Indian journal of veterinary science and animal husbandry - Volume 5,
Year: 1935
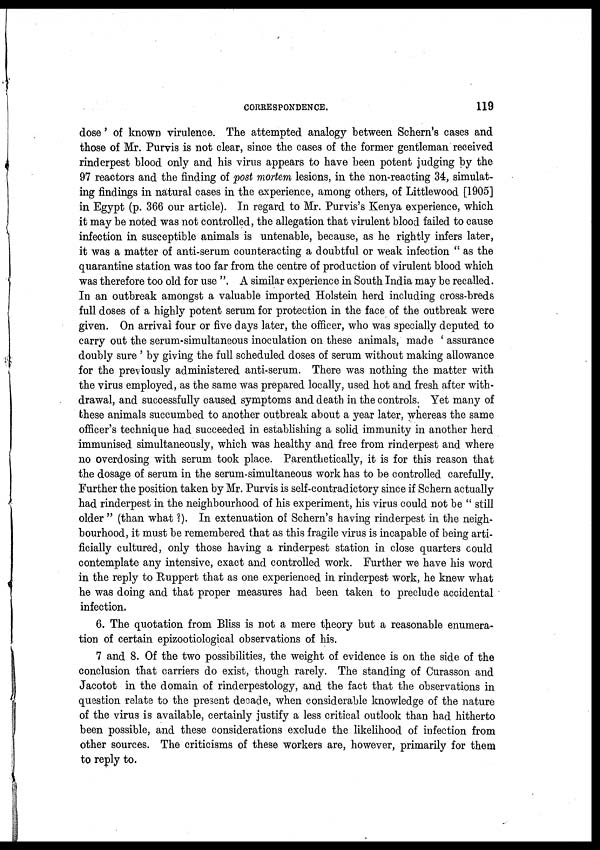
CORRESPONDENCE.
119
dose ' of known virulence. The attempted analogy between Schern's cases and
those of Mr. Purvis is not clear, since the cases of the former gentleman received
rinderpest blood only and his virus appears to have been potent judging by the
97 reactors and the finding of post mortem lesions, in the non-reacting 34, simulat-
ing findings in natural cases in the experience, among others, of Littlewood [1905]
in Egypt (p. 366 our article). In regard to Mr. Purvis's Kenya experience, which
it may be noted was not controlled, the allegation that virulent blood failed to cause
infection in susceptible animals is untenable, because, as he rightly infers later,
it was a matter of anti-serum counteracting a doubtful or weak infection " as the
quarantine station was too far from the centre of production of virulent blood which
was therefore too old for use ". A similar experience in South India may be recalled.
In an outbreak amongst a valuable imported Holstein herd including cross-breds
full doses of a highly potent serum for protection in the face of the outbreak were
given. On arrival four or five days later, the officer, who was specially deputed to
carry out the serum-simultaneous inoculation on these animals, made ' assurance
doubly sure ' by giving the full scheduled doses of serum without making allowance
for the previously administered anti-serum. There was nothing the matter with
the virus employed, as the same was prepared locally, used hot and fresh after with-
drawal, and successfully caused symptoms and death in the controls. Yet many of
these animals succumbed to another outbreak about a year later, whereas the same
officer's technique had succeeded in establishing a solid immunity in another herd
immunised simultaneously, which was healthy and free from rinderpest and where
no overdosing with serum took place. Parenthetically, it is for this reason that
the dosage of serum in the serum-simultaneous work has to be controlled carefully.
Further the position taken by Mr. Purvis is self-contradictory since if Schern actually
had rinderpest in the neighbourhood of his experiment, his virus could not be " still
older " (than what ?). In extenuation of Schern's having rinderpest in the neigh-
bourhood, it must be remembered that as this fragile virus is incapable of being arti-
ficially cultured, only those having a rinderpest station in close quarters could
contemplate any intensive, exact and controlled work. Further we have his word
in the reply to Ruppert that as one experienced in rinderpest work, he knew what
he was doing and that proper measures had been taken to preclude accidental
infection.
6. The quotation from Bliss is not a mere theory but a reasonable enumera-
tion of certain epizootiological observations of his.
7 and 8. Of the two possibilities, the weight of evidence is on the side of the
conclusion that carriers do exist, though rarely. The standing of Curasson and
Jacotot in the domain of rinderpestology, and the fact that the observations in
question relate to the present decade, when considerable knowledge of the nature
of the virus is available, certainly justify a less critical outlook than had hitherto
been possible, and these considerations exclude the likelihood of infection from
other sources. The criticisms of these workers are, however, primarily for them
to reply to.